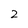
Character: 2